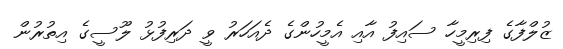
ޒުލްފާގެ ފިރިމީހާ ސައިފު އާއި އެމީހުންގެ ދެއަހަރު ވީ ދަރިފުޅު ލޫސީގެ އިތުރުން